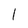
Character: l